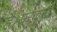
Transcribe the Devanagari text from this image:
है।सरकारी